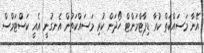
އޭނާ މަސައްކަތް ކުރާ ޑިޕާޓްމަންޓް ހޯދަން ކުރި މަސައްކަތުން އެނގުނީ އެއީ ކަސްޓަމްސް